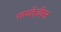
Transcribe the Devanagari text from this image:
गणदेवीस